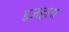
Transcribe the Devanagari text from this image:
इजहारा